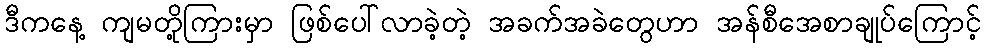
ဒီကနေ့ ကျမတို့ကြားမှာ ဖြစ်ပေါ်လာခဲ့တဲ့ အခက်အခဲတွေဟာ အန်စီအေစာချုပ်ကြောင့်